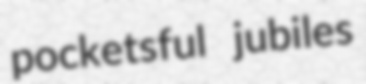
pocketsful jubiles